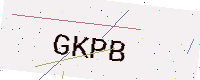
Text: GKPB